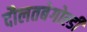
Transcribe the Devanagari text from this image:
दौलतबेगोल्डी